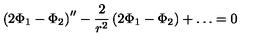
\left( 2 \Phi _ { 1 } - \Phi _ { 2 } \right) ^ { \prime \prime } - \frac { 2 } { r ^ { 2 } } \left( 2 \Phi _ { 1 } - \Phi _ { 2 } \right) + \ldots = 0